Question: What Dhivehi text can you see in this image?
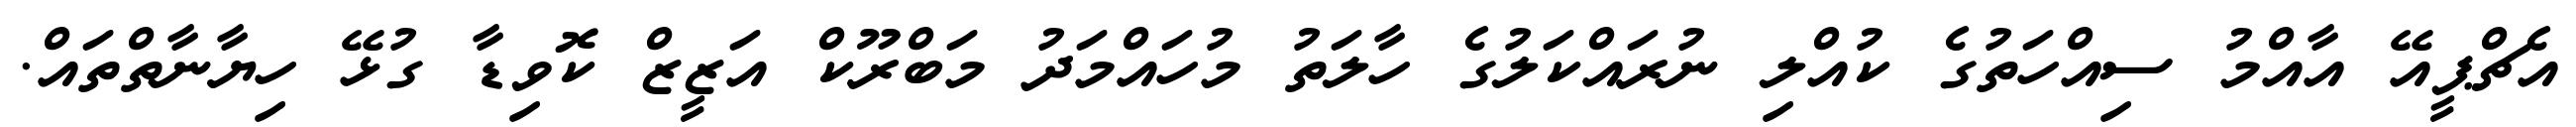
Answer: އެޗްޕީއޭ އާއްމު ސިއްހަތުގެ ކުއްލި ނުރައްކަލުގެ ހާލަތު މުހައްމަދު މަބްރޫކް އަޒީޒް ކޮވިޑާ ގުޅޭ ހިޔާނާތްތައް.